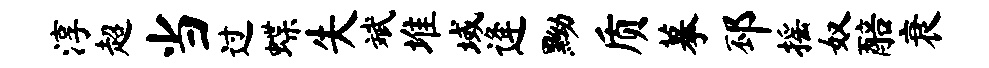
淳超当过蝶失斌堆域逄黝质摹邳摇奴醅衰